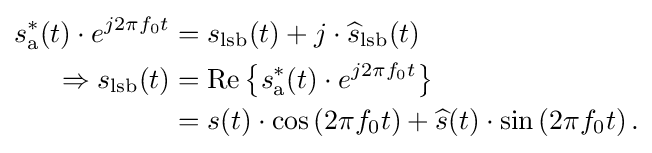
{\begin{aligned}s_{\mathrm {a} }^{*}(t)\cdot e^{j2\pi f_{0}t}&=s_{\text{lsb}}(t)+j\cdot {\widehat {s}}_{\text{lsb}}(t)\\\Rightarrow s_{\text{lsb}}(t)&=\operatorname {Re} \left\{s_{\mathrm {a} }^{*}(t)\cdot e^{j2\pi f_{0}t}\right\}\\&=s(t)\cdot \cos \left(2\pi f_{0}t\right)+{\widehat {s}}(t)\cdot \sin \left(2\pi f_{0}t\right).\end{aligned}}